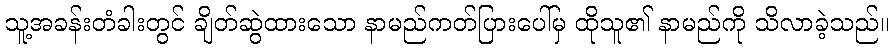
သူ့အခန်းတံခါးတွင် ချိတ်ဆွဲထားသော နာမည်ကတ်ပြားပေါ်မှ ထိုသူ၏ နာမည်ကို သိလာခဲ့သည်။